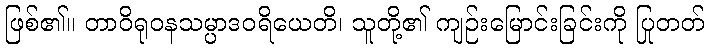
ဖြစ်၏။ တာဝိရုဝနသမ္ပာဒဝရိယေတိ၊ သူတို့၏ ကျဉ်းမြောင်းခြင်းကို ပြုတတ်